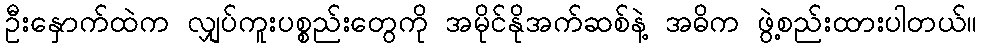
ဦးနှောက်ထဲက လျှပ်ကူးပစ္စည်းတွေကို အမိုင်နိုအက်ဆစ်နဲ့ အဓိက ဖွဲ့စည်းထားပါတယ်။